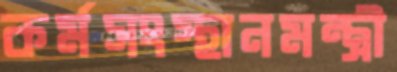
কর্মসংস্থানমন্ত্রী